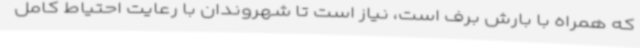
که همراه با بارش برف است، نیاز است تا شهروندان با رعایت احتیاط کامل